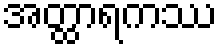
အတ္ထာရကဿ